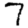
Digit: 7